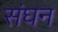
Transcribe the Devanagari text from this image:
संघन